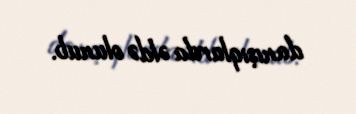
danışıqlarda əldə olunub.